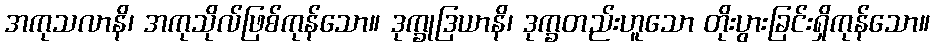
အကုသလာနိ၊ အကုသိုလ်ဖြစ်ကုန်သော။ ဒုက္ခုဒြယာနိ၊ ဒုက္ခတည်းဟူသော တိုးပွားခြင်းရှိကုန်သော။